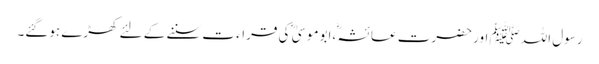
رسول اللہﷺ اور حضرت عائشہؓ ،ابوموسیٰ ؓ کی قراء ت سننے کے لئے کھڑے ہوگئے۔